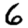
Digit: 6